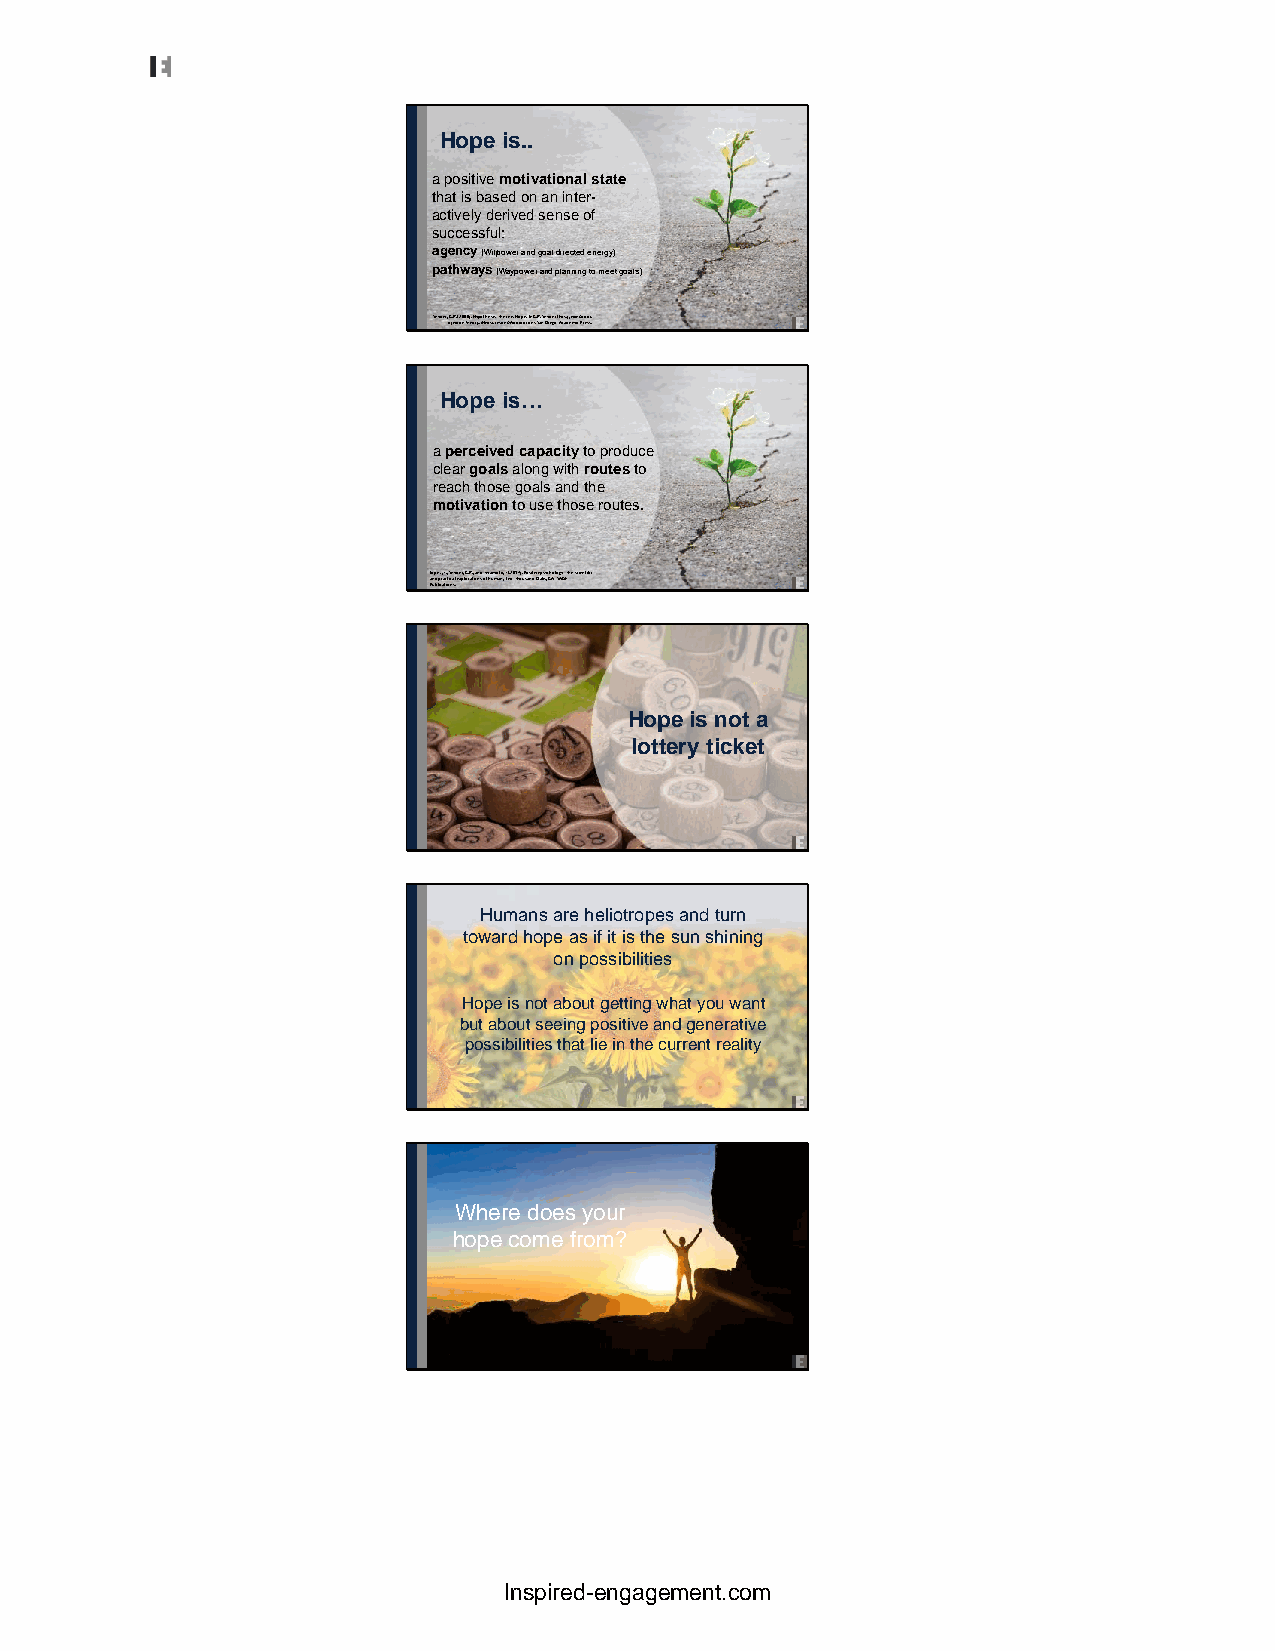
Hope is..
 a positive motivational state
 that is based on an inter-
 actively derived sense of
 successful:
 agency(Willpower and goal directed energy)
 pathways(Waypowerand planning to meet goals)
 Snyder, oCf. RH.o (p2e00T0h)e. oHryyp, Motehaessuisr:e Tsh aenrde Aisp Hpolicpaet.i oInn Cs .SRa.n S nDyiedgeor :( EAdcsa.d),eHmaicn dPbreososk.
 Hope is…
 a perceived capacity to produce
 clear goalsalong with routesto
 reach those goals and the
 motivationto use those routes.
 LaPonupdbe lpiz cr, a aJ tc. i, ot iS ncnasy .l deexrp, lCo.rRa.t,i oannsd oTfe hraummoatno,, 3J.e(d2:0 T1h4o).u Psoasnidti vOea pkssy, cChAo:l oSgAyG: ET he scientific
 Hope is not a
 lottery ticket
 Humans are heliotropes and turn
 toward hope as if it is the sun shining
 on possibilities
 Hope is not about getting what you want
 but about seeing positive and generative
 possibilities that lie in the current reality
 Where does your
 hope come from?
 Inspired-engagement.com